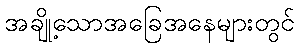
အချို့သောအခြေအနေများတွင်